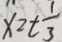
x = t \frac { 1 } { 3 }